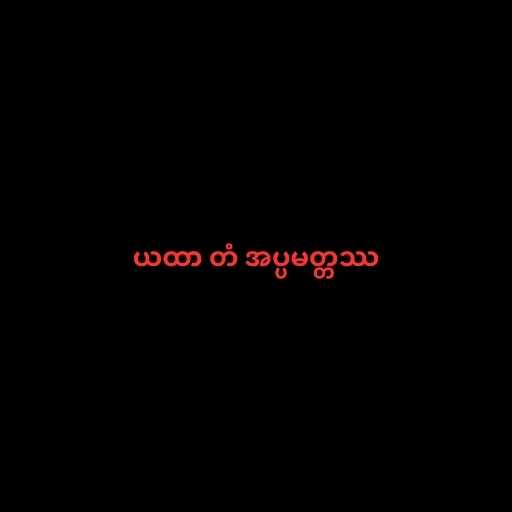
ယထာ တံ အပ္ပမတ္တဿ